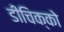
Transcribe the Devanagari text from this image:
डीचिक्को